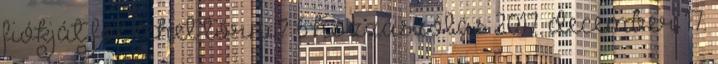
fiókját föl lehet törni? 6 hozzászólás 2017. december 17.